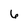
Character: 6